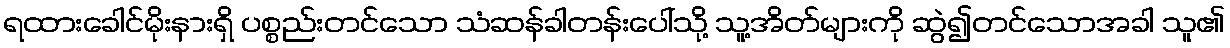
ရထားခေါင်မိုးနားရှိ ပစ္စည်းတင်သော သံဆန်ခါတန်းပေါ်သို့ သူ့အိတ်များကို ဆွဲ၍တင်သောအခါ သူ၏